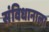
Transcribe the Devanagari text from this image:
संविधानाला